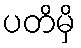
ပတိမှိ